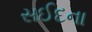
સઈદના